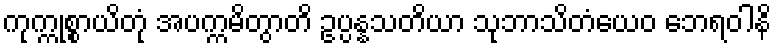
ကုက္ကုစ္စာယိတုံ အပက္ကမိတွာတိ ဥပ္ပန္နသတိယာ သုဘာသိတံယေဝ ဘေရဝါနိ